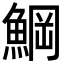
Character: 𩸒